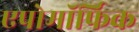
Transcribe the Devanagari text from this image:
एपोमॉर्फिक